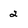
Character: 2